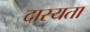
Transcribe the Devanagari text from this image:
दास्यता